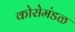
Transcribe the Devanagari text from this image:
कोरोमंडळ